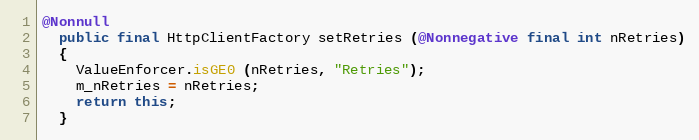
Language: Java
@Nonnull
  public final HttpClientFactory setRetries (@Nonnegative final int nRetries)
  {
    ValueEnforcer.isGE0 (nRetries, "Retries");
    m_nRetries = nRetries;
    return this;
  }